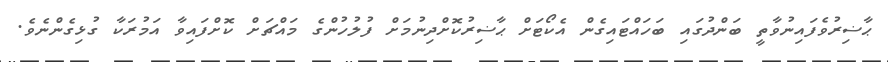
ޙާޟިރުވެފައިނުވާތީ ބަންދުގައި ބަހައްޓައިގެން އެކޯޓަށް ޙާޟިރުކޮށްދިނުމަށް ފުލުހުންގެ މައްޗަށް ކޮށްފައިވާ އަމުރަކާ ގުޅިގެންނެވެ.